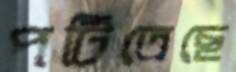
পটিতেছে